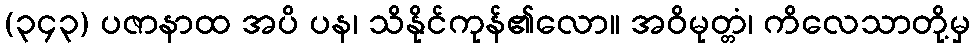
(၃၄၃) ပဇာနာထ အပိ ပန၊ သိနိုင်ကုန်၏လော။ အဝိမုတ္တံ၊ ကိလေသာတို့မှ